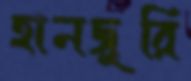
হানজুরি